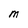
Character: M